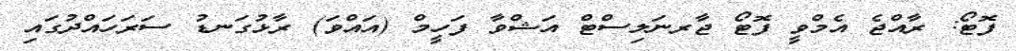
ފޮޓޯ: ރާއްޖެ އެމްވީ ފޮޓޯ ޖާރނަލިސްޓް އަޝްވާ ފަހީމް (އައްވަ) ރާޅުގަނޑު ސަރަހައްދުގައި